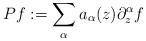
LaTeX: \begin{align*}Pf:=\sum_\alpha a_\alpha(z)\partial_z^\alpha f\end{align*}